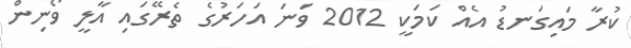
ކުރާ މައިގަނޑު އެއް ކަމަކީ 2012 ވަނަ އަހަރުގެ ތެރޭގައި އާލީ ވޯނިން